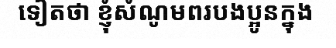
ទៀតថា ខ្ញុំសំណូមពរបងប្អូនក្នុង